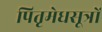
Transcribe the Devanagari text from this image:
पितृमेधसूत्रों